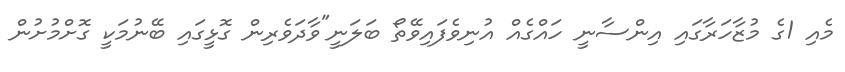
މެއި 1ގެ މުޒާހަރާގައި އިންސާނީ ހައްގެއް އުނިވެފައިވޭތޯ ބަލަނީ"ވާދަވެރިން ގޮޅީގައި ބޭނުމަކީ ގޮށްމުށުން